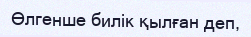
Өлгенше билік қылған деп,